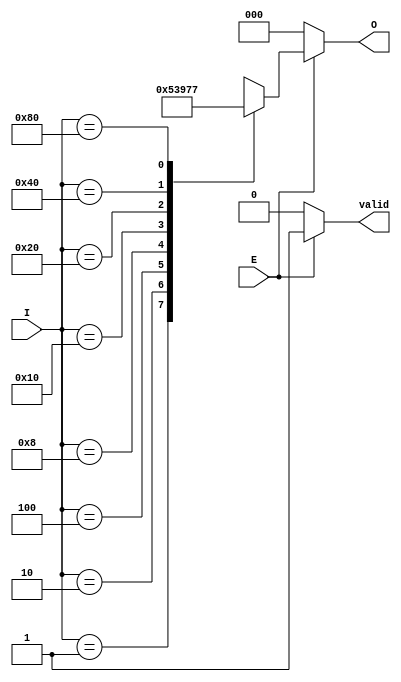
module octal_to_binary_encoder (
    input wire [7:0] I,   // 8 input lines (I0 to I7)
    input wire E,         // Enable signal
    output reg [2:0] O,   // 3 output lines (O2, O1, O0)
    output reg valid       // Output valid signal
);

    always @(*) begin
        if (E) begin
            case (I)
                8'b00000001: O = 3'b000; // I0
                8'b00000010: O = 3'b001; // I1
                8'b00000100: O = 3'b010; // I2
                8'b00001000: O = 3'b011; // I3
                8'b00010000: O = 3'b100; // I4
                8'b00100000: O = 3'b101; // I5
                8'b01000000: O = 3'b110; // I6
                8'b10000000: O = 3'b111; // I7
                default: O = 3'bxxx;      // Undefined state for multiple inputs
            endcase
            valid = 1'b1; // Output is valid when E is high
        end else begin
            O = 3'b000;    // Defined state when E is low
            valid = 1'b0;  // Output is not valid when E is low
        end
    end

endmodule